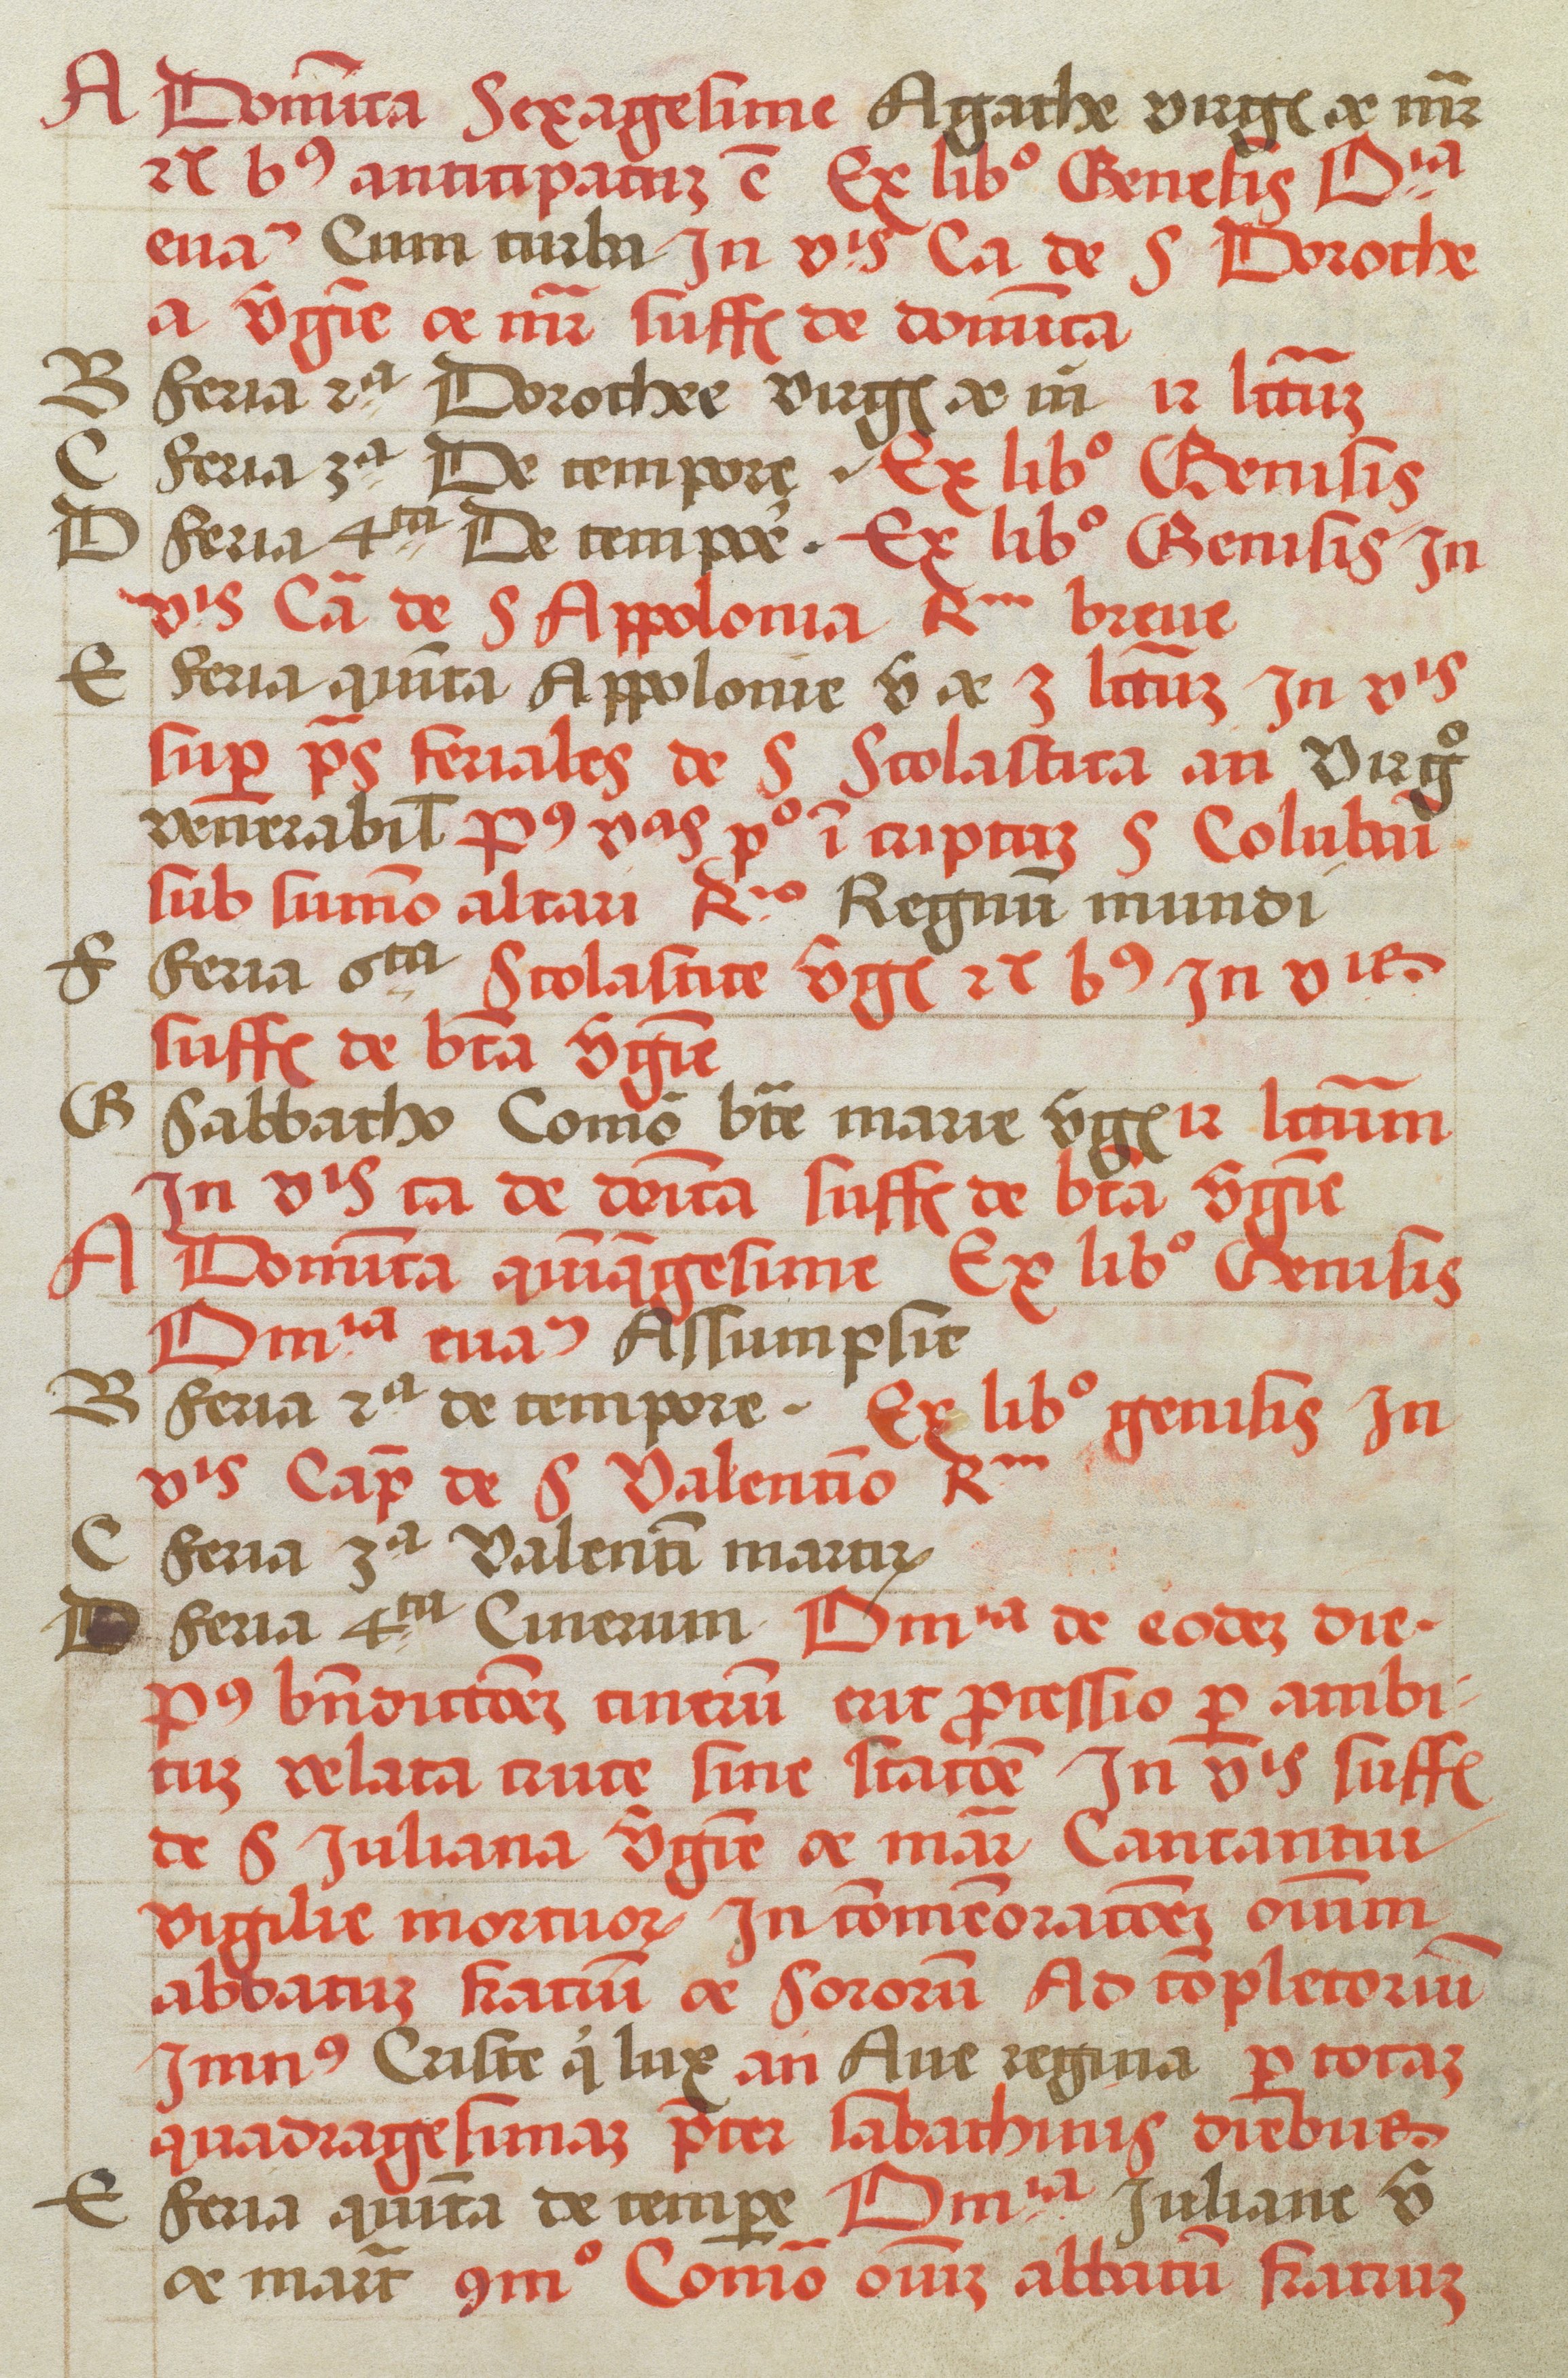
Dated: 1505–1535